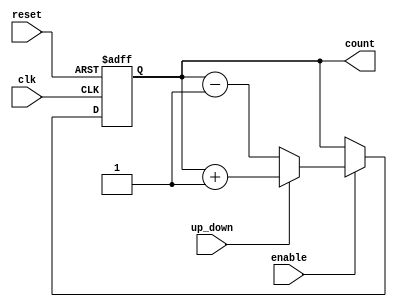
module UpDownCounter (
    input wire clk,           // Clock signal
    input wire reset,         // Asynchronous reset signal
    input wire up_down,       // Control signal for counting direction
    input wire enable,        // Enable signal for counting
    output reg [7:0] count    // 8-bit counter output (adjust width as needed)
);

    // Asynchronous reset and counting logic
    always @(posedge clk or posedge reset) begin
        if (reset) begin
            count <= 8'b0;    // Reset count to 0
        end else if (enable) begin
            if (up_down) begin
                count <= count + 1; // Increment count if up_down is high
            end else begin
                count <= count - 1; // Decrement count if up_down is low
            end
        end
    end

endmodule